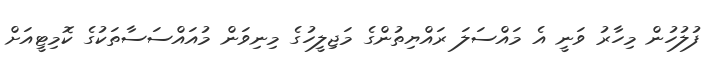
ފުލުހުން މިހާރު ވަނީ އެ މައްސަލަ ރައްޔިތުންގެ މަޖިލީހުގެ މިނިވަން މުއައްސަސާތަކުގެ ކޮމިޓީއަށް